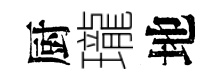
厨瓏地